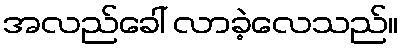
အလည်ခေါ် လာခဲ့လေသည်။